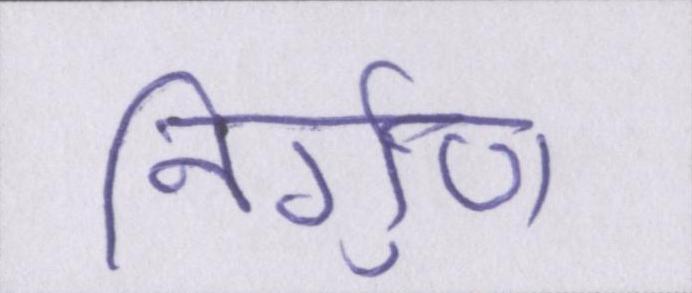
निर्गुण